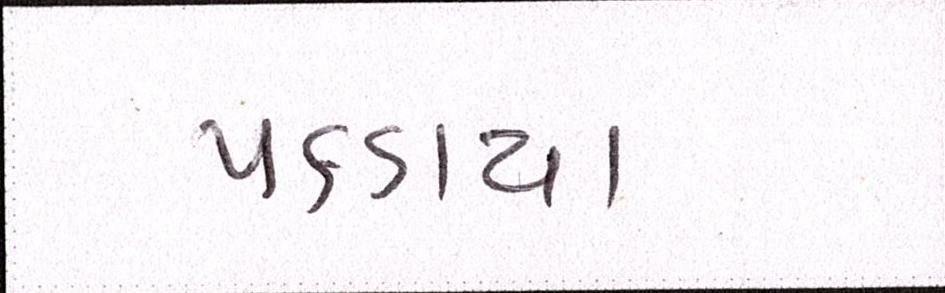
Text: પકડાયા